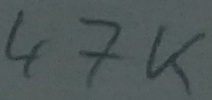
Text: 47K